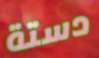
دستة